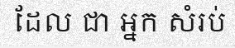
ដែល ជា អ្នក សំរប់